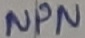
Text: NPN